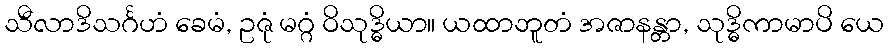
သီလာဒိသင်္ဂဟံ ခေမံ, ဥဇုံ မဂ္ဂံ ဝိသုဒ္ဓိယာ။ ယထာဘူတံ အဇာနန္တာ, သုဒ္ဓိကာမာပိ ယေ